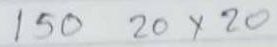
150  20 x 20